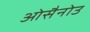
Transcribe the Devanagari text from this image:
ओसैनोउ